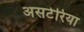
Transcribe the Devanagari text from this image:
असटेरिया